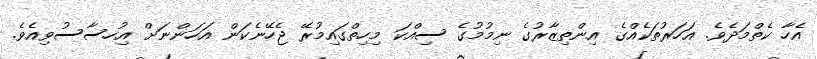
އެހާ ކެތްމަދެވެ. އަހަރުތަކެއްގެ އިންތިޒާރުގެ ނިމުމުގެ ސިއްކަ މިހިތްގައިމުރޭ ޖެހޭނެކަން އަހަންނަށް އިހުސާސުވިއެވެ.